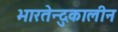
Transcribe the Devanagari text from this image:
भारतेन्दुकालीन